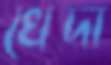
খেদা